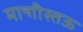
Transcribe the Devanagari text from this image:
मान्गीस्तऊ